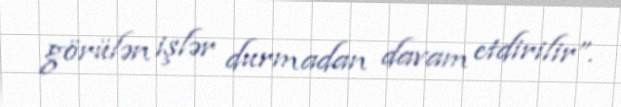
görülən işlər durmadan davam etdirilir”.